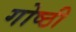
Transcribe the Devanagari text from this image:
गोष्‍ठी